Indian journal of veterinary science and animal husbandry - Volume 1,
Year: 1931
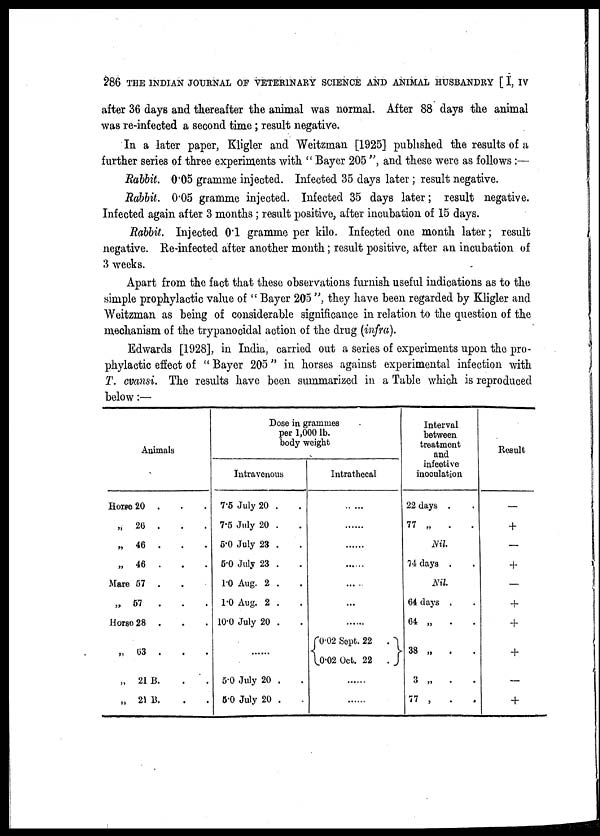
286 THE INDIAN JOURNAL OF VETERINARY SCIENCE AND ANIMAL HUSBANDRY [ I, IV
after 36 days and thereafter the animal was normal. After 88 days the animal
was re-infected a second time; result negative.
In a later paper, Kligler and Weitzman [1925] published the results of a
further series of three experiments with " Bayer 205 ", and these were as follows:—
Rabbit. 0.05 gramme injected. Infected 35 days later; result negative.
Rabbit. 0.05 gramme injected. Infected 35 days later; result negative.
Infected again after 3 months; result positive, after incubation of 15 days.
Rabbit. Injected 0.1 gramme per kilo. Infected one month later; result
negative. Re-infected after another month; result positive, after an incubation of
3 weeks.
Apart from the fact that these observations furnish useful indications as to the
simple prophylactic value of " Bayer 205 ", they have been regarded by Kligler and
Weitzman as being of considerable significance in relation to the question of the
mechanism of the trypanocidal action of the drug (infra).
Edwards [1928], in India, carried out a series of experiments upon the pro-
phylactic effect of " Bayer 205" in horses against experimental infection with
T. evansi. The results have been summarized in a Table which is reproduced
below:—
Animals
Horse20 .
„ 26 .
„ 46 .
„ 46 .
Mare 57
„ 57
.
Horse 28 .
„ 63 .
„ 21 B.
„ 21 B.
Dose in grammes
per 1,000 lb.
body weight
Intravenous
7.5 July 20 .
7.5 July 20 .
5.0 July 23 .
6.0 July 23 .
1.0 Aug. 2 .
1.0 Aug. 2 .
10.0 July 20 .
.....
5.0 July 20 .
5.0 July 20 .
Intrathecal
.....
.....
.....
...
{0.02 Sept. 22
}
0.02 Oct. 22
.
.....
.....
Interval
between
treatment
and
infective
inoculation
22 days .
77 „
.
.
Nil.
74 clays .
Nil.
64 days .
64 „
.
38 „
.
3 „
.
77 ,
.
.
Result
—
+
—
+
—
+
+
+
—
+